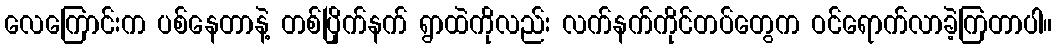
လေကြောင်းက ပစ်နေတာနဲ့ တစ်ပြိုက်နက် ရွာထဲကိုလည်း လက်နက်ကိုင်တပ်တွေက ဝင်ရောက်လာခဲ့ကြတာပါ။